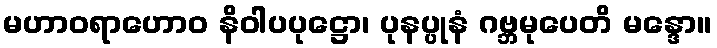
မဟာဝရာဟောဝ နိဝါပပုဋ္ဌော၊ ပုနပ္ပုနံ ဂဗ္ဘမုပေတိ မန္ဒော။